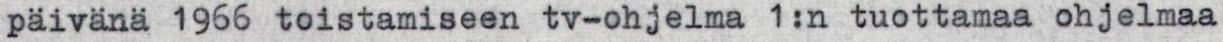
päivänä 1966 toistamiseen tv-ohjelma 1:n tuottamaa ohjelmaa